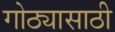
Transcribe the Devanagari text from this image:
गोठ्यासाठी